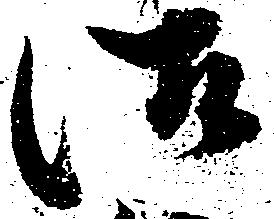
御